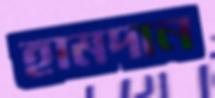
হামদান